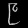
Digit: ၉